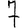
Digit: 7